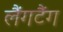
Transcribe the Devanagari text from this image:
लैंगटैंग